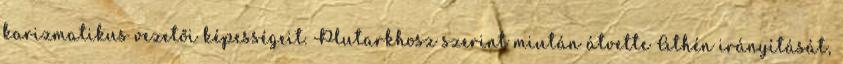
karizmatikus vezetői képességeit. Plutarkhosz szerint miután átvette Athén irányítását,